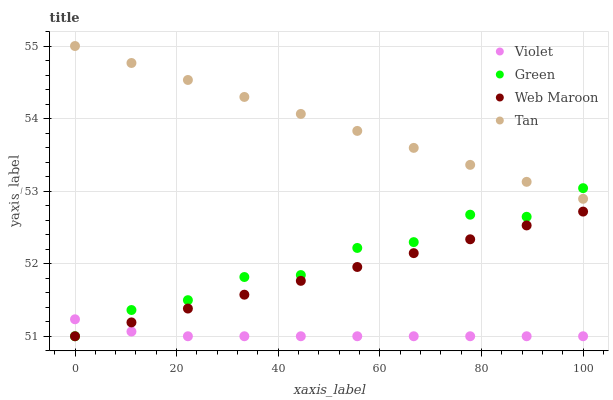
| xaxis_label | Violet | Green | Web Maroon | Tan |
 | --- | --- | --- | --- | --- |
 | 0 | 51.2 | 51 | 51 | 55 |
 | 11.1 | 51.1 | 51.4 | 51.2 | 54.8 |
 | 22.2 | 51 | 51.5 | 51.4 | 54.5 |
 | 33.3 | 51 | 51.8 | 51.6 | 54.3 |
 | 44.4 | 51 | 51.8 | 51.8 | 54.1 |
 | 55.6 | 51 | 52.2 | 52 | 53.8 |
 | 66.7 | 51 | 52.3 | 52.1 | 53.6 |
 | 77.8 | 51 | 52.7 | 52.3 | 53.4 |
 | 88.9 | 51 | 52.6 | 52.5 | 53.1 |
 | 100 | 51 | 53 | 52.7 | 52.9 |